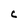
Character: C